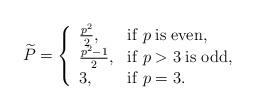
LaTeX: \begin{align*}\widetilde{P}=\left\{\begin{array}{ll}\frac{p^2}{2},&{\rm if}\; p \; {\rm is \; even}, \\\frac{p^2-1}{2},&{\rm if}\; p>3\; {\rm is \; odd},\\3,&{\rm if}\; p=3.\end{array}\right.\end{align*}